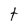
Character: t